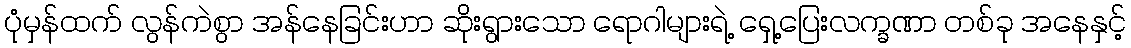
ပုံမှန်ထက် လွန်ကဲစွာ အန်နေခြင်းဟာ ဆိုးရွားသော ရောဂါများရဲ့ ရှေ့ပြေးလက္ခဏာ တစ်ခု အနေနှင့်